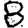
Digit: 8